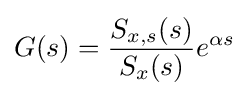
G(s)={\frac {S_{x,s}(s)}{S_{x}(s)}}e^{\alpha s}